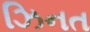
ઝિનત